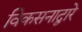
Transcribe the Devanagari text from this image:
विकसनाद्वारे